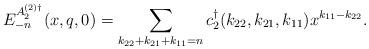
LaTeX: \begin{align*}E_{-n}^{{A_2^{(2)\dagger}}}(x,q,0)=\sum_{k_{22}+k_{21}+k_{11}=n}c_2^{\dagger}(k_{22},k_{21},k_{11})x^{k_{11}-k_{22}}.\end{align*}